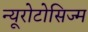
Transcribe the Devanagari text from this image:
न्यूरोटोसिज्म